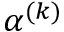
\alpha ^ { ( k ) }